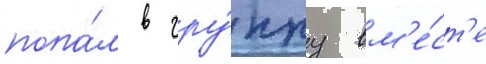
попа́л в гру́ппу вм'е́ст'е